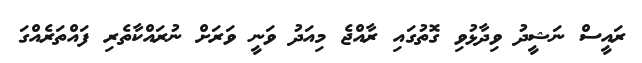
ރައީސް ނަޝީދު ވިދާޅުވި ގޮތުގައި ރާއްޖެ މިއަދު ވަނީ ވަރަށް ނުރައްކާތެރި ފައްތަރެއްގަ